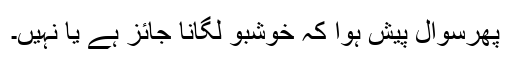
پھرسوال پیش ہوا کہ خوشبو لگانا جائز ہے یا نہیں۔